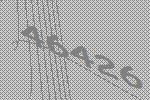
46426